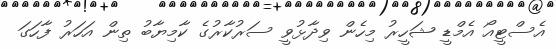
އެސްޓީއޯ އެމްޑީ ޝަހީރު މިހެން ވިދާޅުވީ ސަރުކާރުގެ ކާމިޔާބު ތިން އަހަރު ފާހަގަ